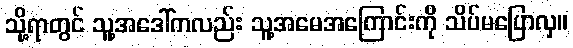
သို့ရာတွင် သူ့အဒေါ်ကလည်း သူ့အမေအကြောင်းကို သိပ်မပြောလှ။